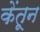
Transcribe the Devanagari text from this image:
केंतून